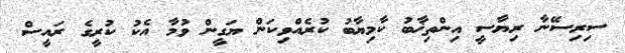
ސިރިސޭނާ ރިޔާސީ އިންތިޚާބު ކާމިޔާބު ކުރެއްވިކަން ޔަގީން ވުމާ އެކު ކުރީގެ ރައީސް